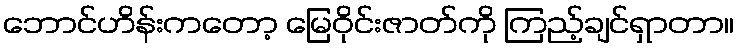
ဘောင်ဟိန်းကတော့ မြေဝိုင်းဇာတ်ကို ကြည့်ချင်ရှာတာ။